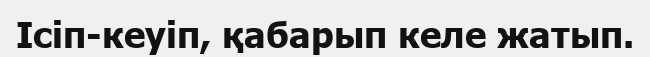
Ісіп-кеуіп, қабарып келе жатып.